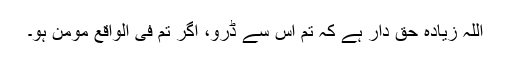
اللہ زیادہ حق دار ہے کہ تم اُس سے ڈرو، اگر تم فی الواقع مومن ہو۔